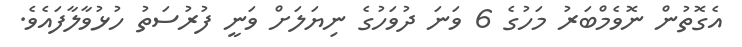
އެގޮތުން ނޮވެމްބަރު މަހުގެ 6 ވަނަ ދުވަހުގެ ނިޔަލަށް ވަނީ ފުރުސަތު ހުޅުވާލާފައެވެ.